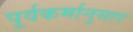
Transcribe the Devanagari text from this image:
पूर्वकर्मानुसार